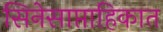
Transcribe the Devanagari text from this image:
सिनेसाप्ताहिकात